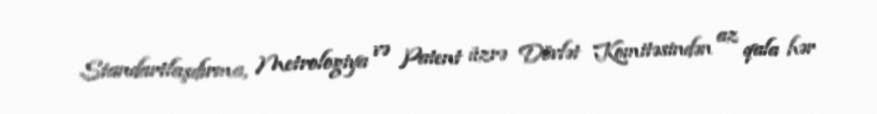
Standartlaşdırma, Metrologiya və Patent üzrə Dövlət Komitəsindən az qala hər